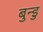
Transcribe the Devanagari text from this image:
बुन्डु